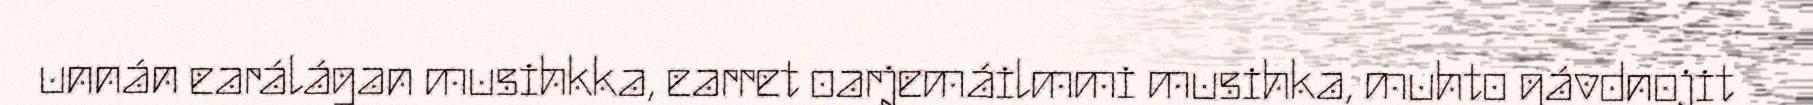
unnán earálágan musihkka, earret oarjemáilmmi musihka, muhto gávdnojit